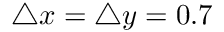
\triangle x = \triangle y = 0 . 7